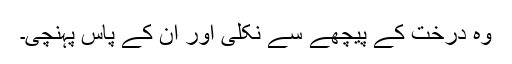
وہ درخت کے پیچھے سے نکلی اور ان کے پاس پہنچی۔